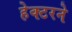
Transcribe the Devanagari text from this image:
हेक्टरने